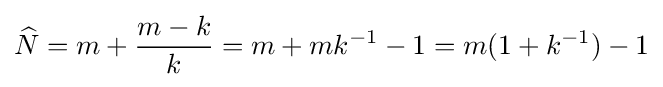
{\widehat {N}}=m+{\frac {m-k}{k}}=m+mk^{-1}-1=m(1+k^{-1})-1